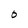
Character: O